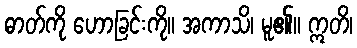
ဓာတ်ကို ဟောခြင်းကို။ အကာသိ၊ မူ၏။ ဣတိ၊